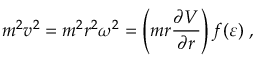
m ^ { 2 } v ^ { 2 } = m ^ { 2 } r ^ { 2 } \omega ^ { 2 } = \left( m r \frac { \partial V } { \partial r } \right) f ( \varepsilon ) \; ,